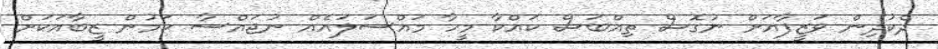
ދެކުދިން ވަޒީފާއަށް ނުގޮސް ތިއްބަސް ކައްކާ މީހާ މައްސަލައެއް ނުޖައްސާ ކަމުން ޒީބާއަކަށް